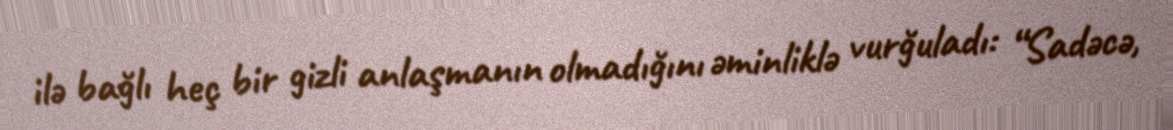
ilə bağlı heç bir gizli anlaşmanın olmadığını əminliklə vurğuladı: “Sadəcə,